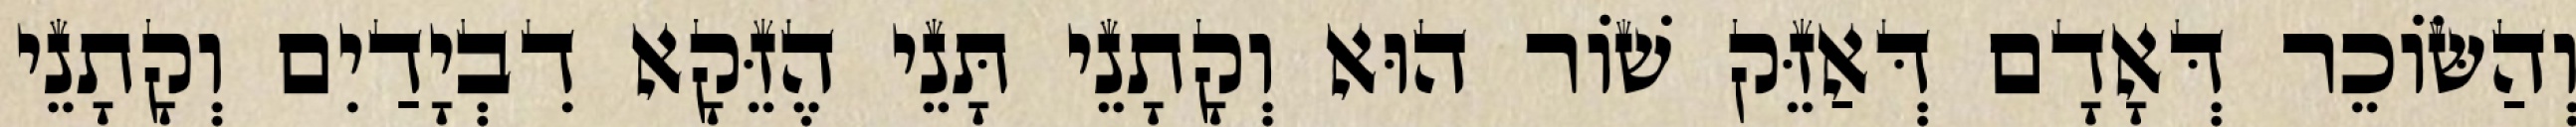
וְהַשּׂוֹכֵר דְּאָדָם דְּאַזֵּק שׁוֹר הוּא וְקָתָנֵי תָּנֵי הֶזֵּקָא דִבְיָדַיִם וְקָתָנֵי